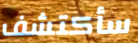
سأكتشف